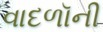
વાદળૉની